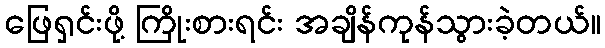
ဖြေရှင်းဖို့ ကြိုးစားရင်း အချိန်ကုန်သွားခဲ့တယ်။